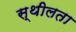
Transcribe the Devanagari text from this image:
स्थीलता